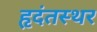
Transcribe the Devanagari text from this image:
हृदंतस्थर